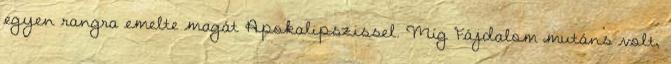
egyen rangra emelte magát Apokalipszissel. Míg Fájdalom mutáns volt,